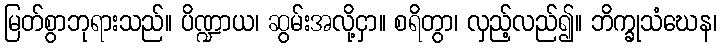
မြတ်စွာဘုရားသည်။ ပိဏ္ဍာယ၊ ဆွမ်းအလို့ငှာ။ စရိတွာ၊ လှည့်လည်၍။ ဘိက္ခုသံဃေန၊